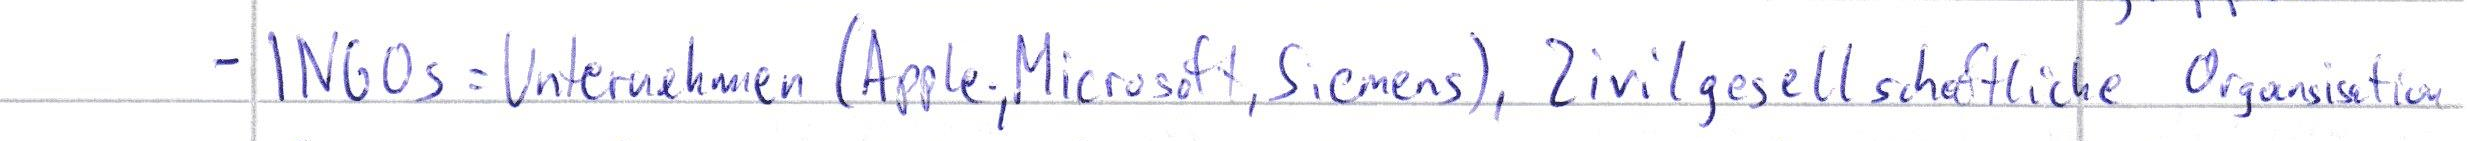
- INGOs = Unternehmen (Apple, Microsoft, Siemens), Zivilgesellschaftliche Organisation